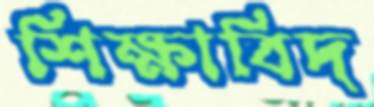
শিক্ষাবিদ